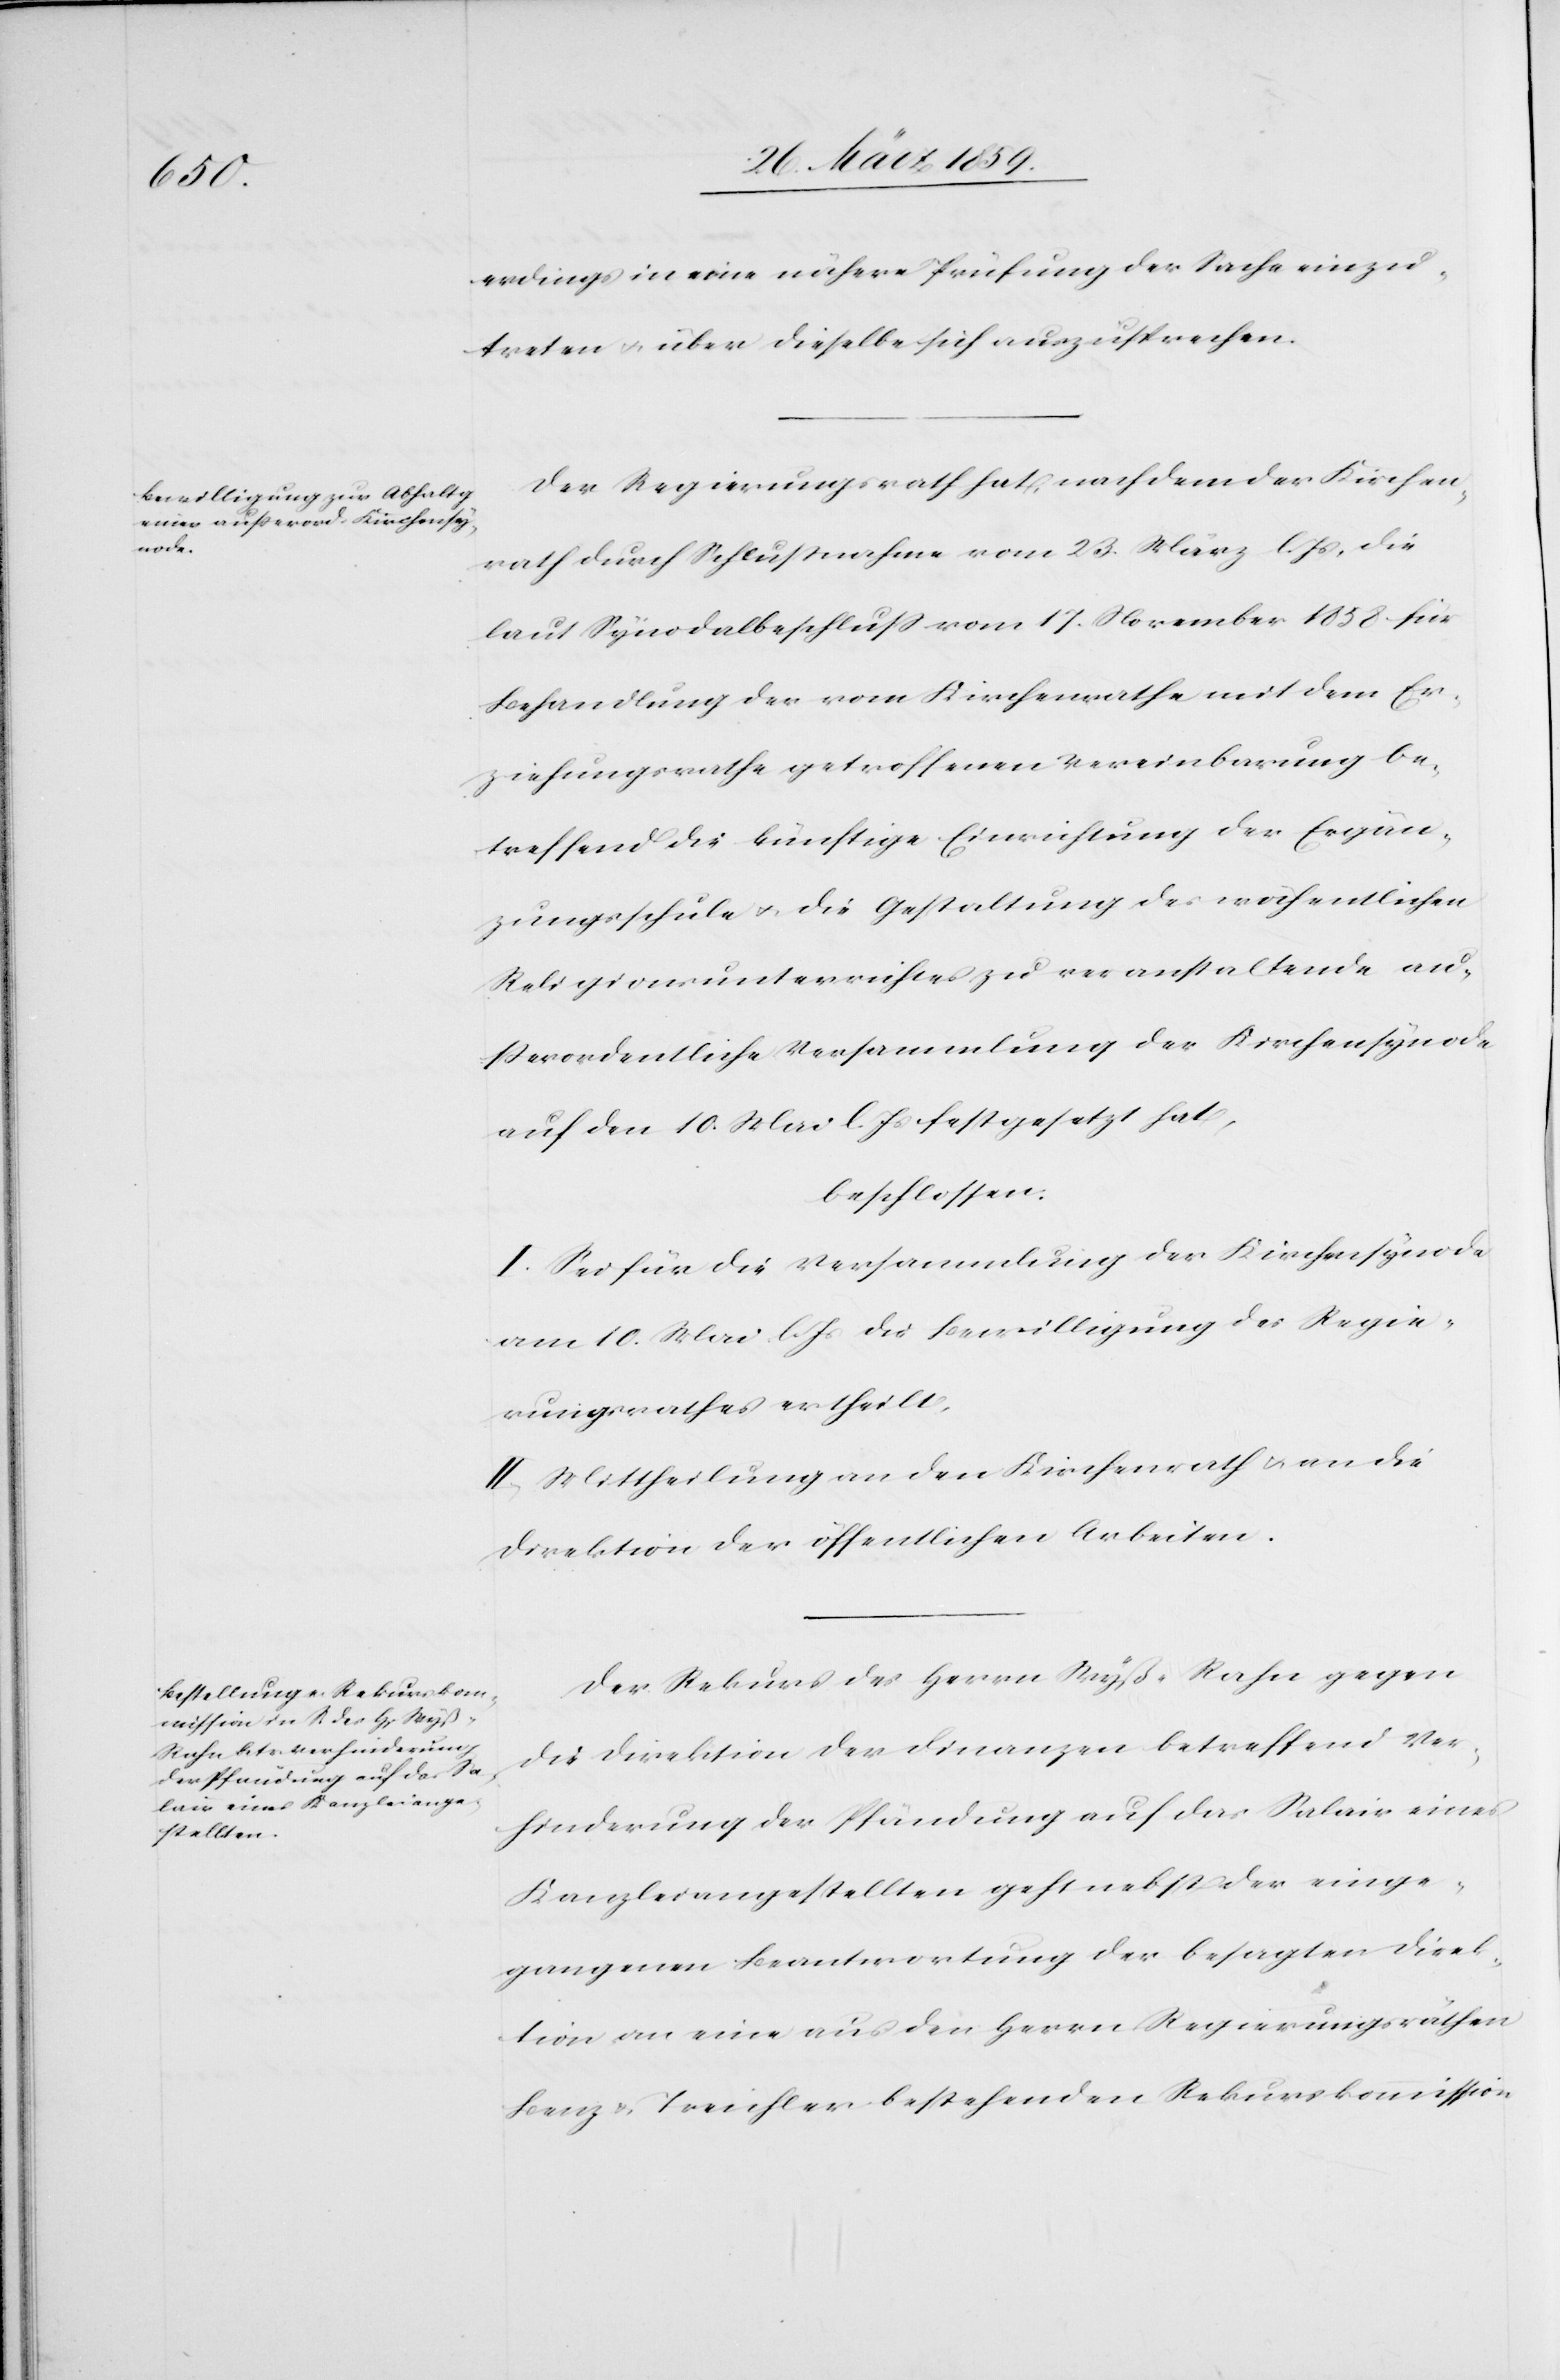
erdings in eine nähere Prüfung der Sache einzu¬
treten u. über dieselbe sich auszusprechen.
Der Regierungsrath hat, nachdem der Kirchen¬
rath durch Schlußnahme vom 23. März l. Js, die
laut Synodalbeschluß vom 17. November 1858 für
Behandlung der vom Kirchenrathe mit dem Er¬
ziehungsrathe getroffenen Vereinbarung be¬
treffend die künftige Einrichtung der Ergän¬
zungsschule u. die Gestaltung des wöchentlichen
Religionsunterrichtes zu veranstaltende au¬
ßerordentliche Versammlung der Kirchensynode
auf den 10. Mai l. Js festgesetzt hat,
beschlossen:
I. Sei für die Versammlung der Kirchensynode
am 10. Mai l. Js die Bewilligung des Regie¬
rungsrathes ertheilt.
II. Mittheilung an den Kirchenrath u. an die
Direktion der öffentlichen Arbeiten.
Der Rekurs des Herrn Wyß-Rahn gegen
die Direktion der Finanzen betreffend Ver¬
hinderung der Pfändung auf das Salair eines
Kanzleiangestellten geht nebst der einge¬
gangenen Beantwortung der besagten Direk¬
tion an eine aus den Herrn Regierungsräthen
Benz u. Treichler bestehenden Rekurskommission